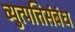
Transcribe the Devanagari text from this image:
व्युत्पत्तिसंबंध